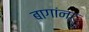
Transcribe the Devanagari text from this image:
बागांना